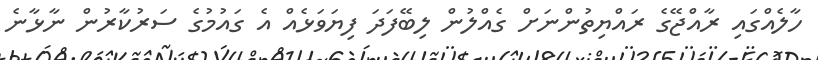
ހާލެއްގައި ރާއްޖޭގެ ރައްޔިތުންނަށް ގެއްލުން ލިބޭފަދަ ފިޔަވަޅެއް އެ ގައުމުގެ ސަރުކާރުން ނާޅާނެ